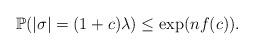
LaTeX: \begin{align*} \mathbb{P}(|\sigma| = (1 + c)\lambda) \le \exp(n f(c)). \end{align*}